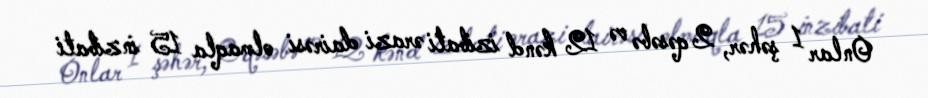
Onlar 1 şəhər, 2 qəsəbə və 12 kənd izibati ərazi dairəsi olmaqla 15 inzibati